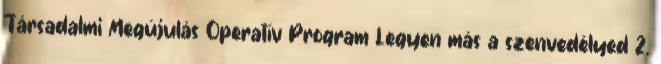
Társadalmi Megújulás Operatív Program Legyen más a szenvedélyed 2.